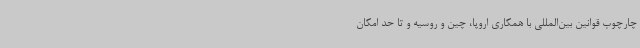
چارچوب قوانین بین‌المللی با همکاری اروپا، چین و روسیه و تا حد امکان